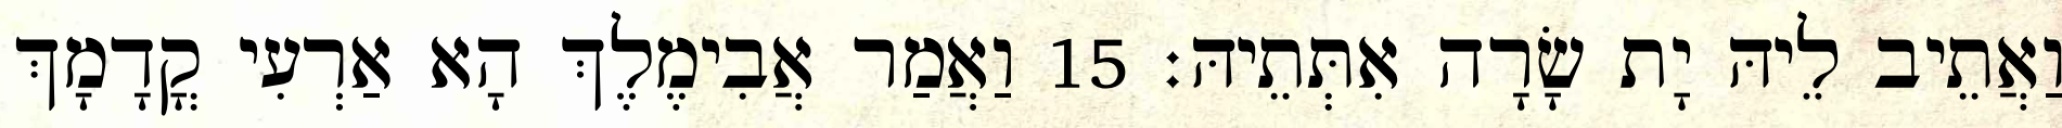
וַאֲתֵיב לֵיהּ יָת שָׂרָה אִתְּתֵיהּ׃ 15 וַאֲמַר אֲבִימֶלֶךְ הָא אַרְעִי קֳדָמָךְ